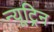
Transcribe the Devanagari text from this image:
न्यूट्रिन